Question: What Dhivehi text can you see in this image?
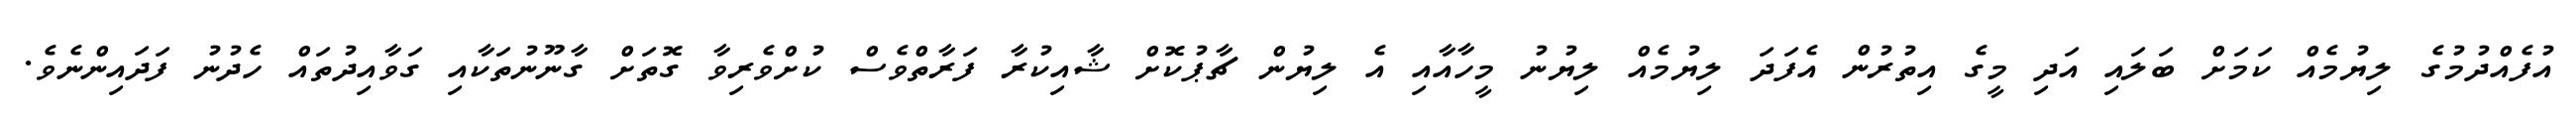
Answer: އުފެއްދުމުގެ ލިޔުމެއް ކަމަށް ބަލައި އަދި މީގެ އިތުރުން އެފަދަ ލިޔުމެއް ލިޔުނު މީހާއާއި އެ ލިޔުން ޗާޕުކޮށް ޝާއިކުރާ ފަރާތްވެސް ކުށްވެރިވާ ގޮތަށް ގާނޫނުތަކާއި ގަވާއިދުތައް ހެދުނު ފަދައިންނެވެ.